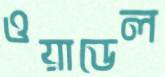
ওয়াডেল